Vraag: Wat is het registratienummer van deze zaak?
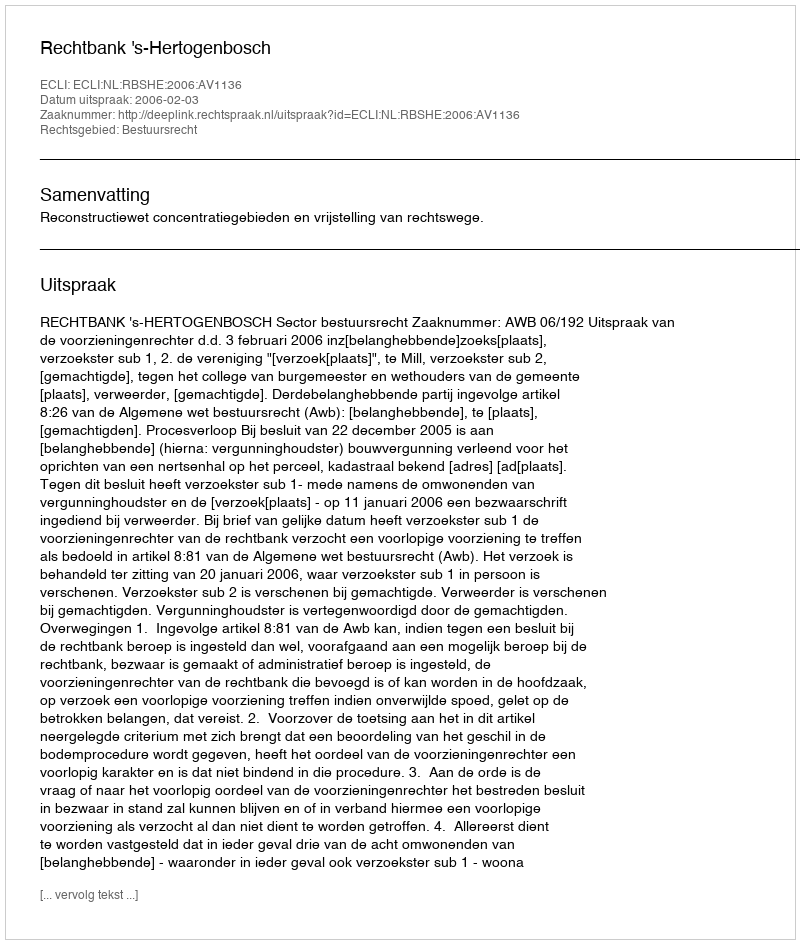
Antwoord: http://deeplink.rechtspraak.nl/uitspraak?id=ECLI:NL:RBSHE:2006:AV1136